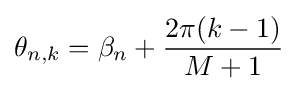
\theta _{n,k}=\beta _{n}+{\frac {2\pi (k-1)}{M+1}}